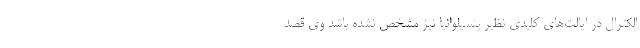
الکترال در ایالت‌های کلیدی نظیر پنسیلوانیا نیز مشخص نشده باشد وی قصد